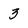
Character: 3